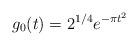
LaTeX: \begin{align*}g_0(t) = 2^{1/4} e^{-\pi t^2}\end{align*}